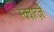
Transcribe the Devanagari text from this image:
स्क्वार्त्ज़